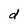
Character: d